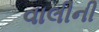
વાલીની